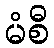
မံစီ